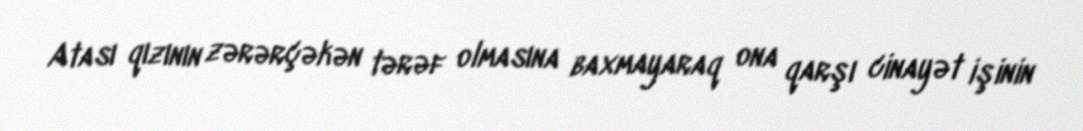
Atası qızının zərərçəkən tərəf olmasına baxmayaraq ona qarşı cinayət işinin